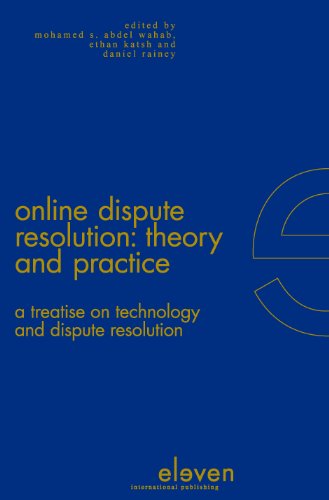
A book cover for Online Dispute Resolution: Theory and Practice: A Treatise on Technology and Dispute Resolution; Mohamed S. Abdel Wahab; Law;